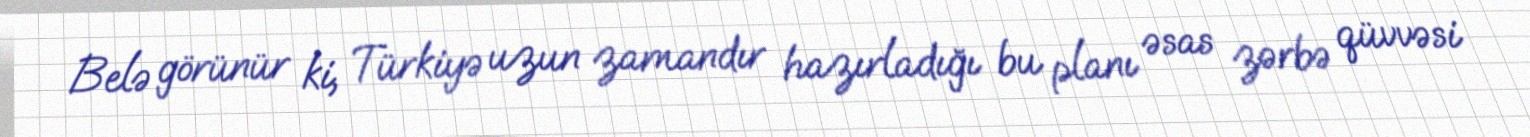
Belə görünür ki, Türkiyə uzun zamandır hazırladığı bu planı əsas zərbə qüvvəsi